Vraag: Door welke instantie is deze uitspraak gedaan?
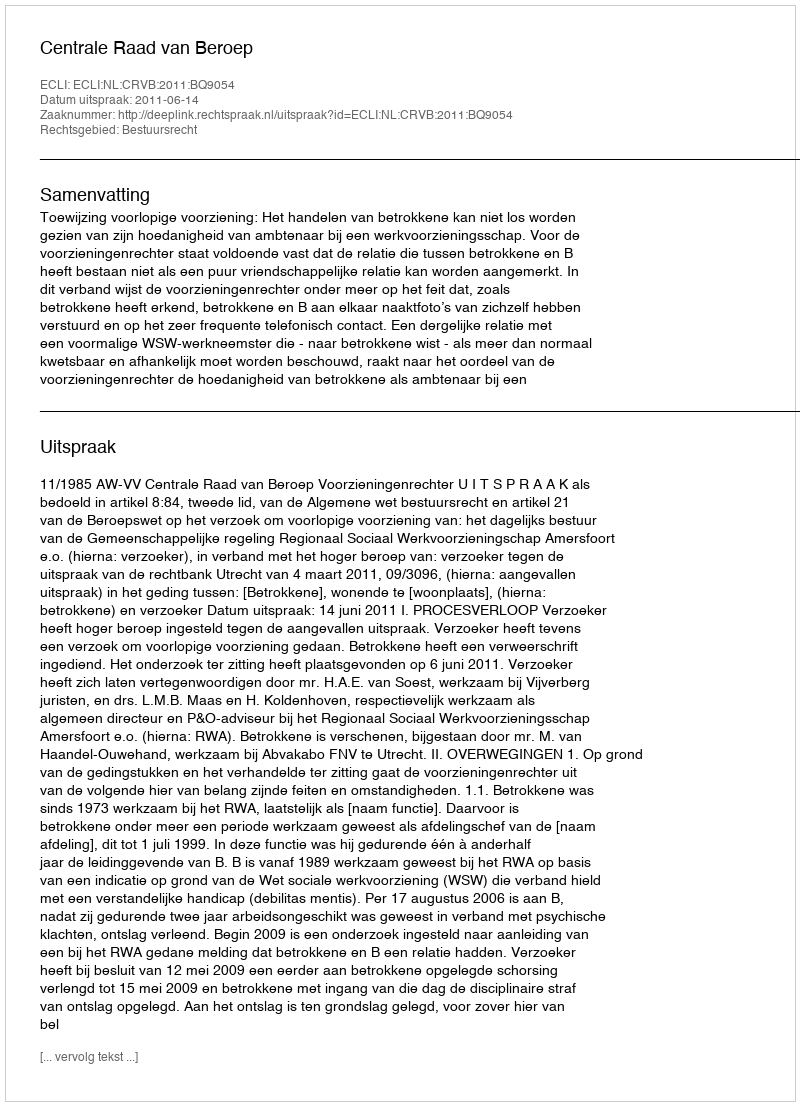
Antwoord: Centrale Raad van Beroep